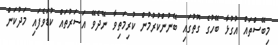
މިބޭސްތައް އުގުޅާ ބޭހުގެ ގޮތުގައި ބޭނުންކުރުމުން ކުރިމަތިވާ ނޭދެވޭ އަސަރުތައް ކުޑަވެފައި މަދުކަން